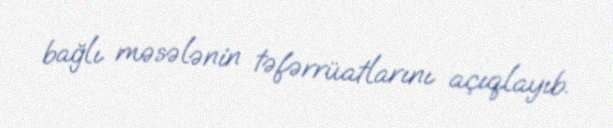
bağlı məsələnin təfərrüatlarını açıqlayıb.